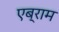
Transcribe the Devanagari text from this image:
एब्राम